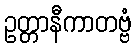
ဥတ္တာနီကာတဗ္ဗံ